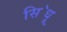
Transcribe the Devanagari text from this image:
सि॓धू